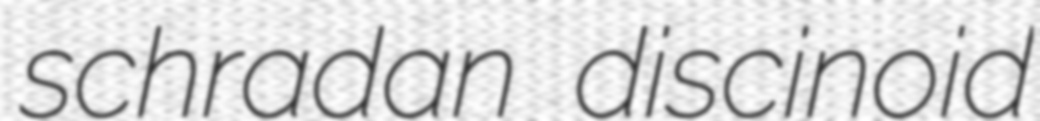
schradan discinoid